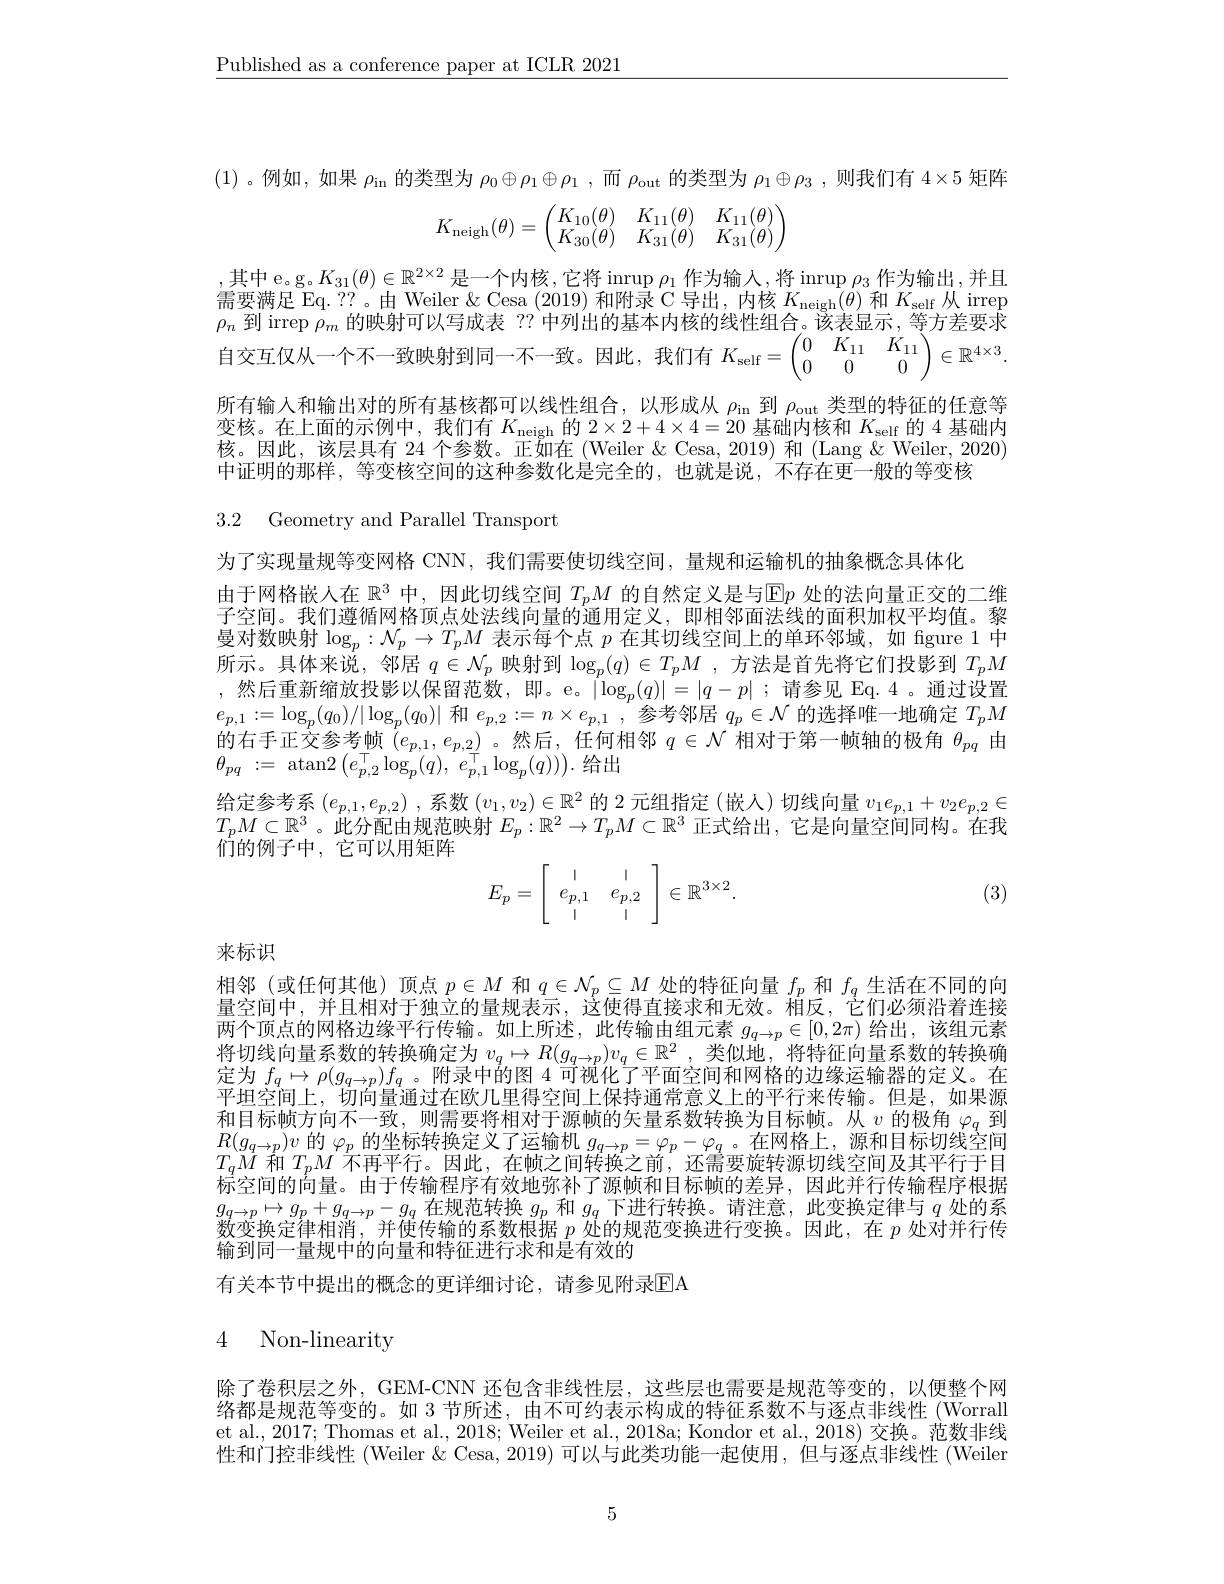
$\underline{\text{Published as a conference paper at ICLR 2021}}$

(1) 。例如，如果$\rho_\mathrm{in}$的类型为$\rho_0\oplus\rho_1\oplus\rho_1$,而$\rho_\mathrm{out}$的类型为$\rho_1\oplus\rho_3$,则我们有 4$\times5$矩阵
$$K_{\text{neigh}}(\theta)=\begin{pmatrix}K_{10}(\theta)&K_{11}(\theta)&K_{11}(\theta)\\K_{30}(\theta)&K_{31}(\theta)&K_{31}(\theta)\end{pmatrix}$$
,其中e。g$.K_31(\theta)\in\mathbb{R}^{2\times2}$ 是一个内核，它将$\operatorname*{inrup}\rho_1$作为输入，将$\operatorname*{inrup}\rho_3$作为输出，并且需要满足 Eq. ??。由 Weiler $\&$ Cesa (2019)和附录 C 导出，内核$K_\mathrm{neigh}(\theta)$和$K_\mathrm{self}$从 irrep 所有输入和输出对的所有基核都可以线性组合，以形成从$\rho_\mathrm{in}$到$\rho_\mathrm{out}$类型的特征的任意等变核。在上面的示例中，我们有$K_\mathrm{neigh}$的$2\times2+4\times4=20$基础内核和$K_\mathrm{self}$的 4 基础内核。因此，该层具有 24 个参数。正如在 (Weiler & Cesa, 2019) 和 (Lang & Weiler, 2020) 中证明的那样，等变核空间的这种参数化是完全的，也就是说，不存在更一般的等变核

3.2 Geometry and Parallel Transport

为了实现量规等变网格 CNN,我们需要使切线空间，量规和运输机的抽象概念具体化
由于网格嵌人在$\mathbb{R}^3$中，因此切线空间$T_pM$的自然定义是与$\mathbb{E}p$处的法向量正交的二维子空间。我们遵循网格顶点处法线向量的通用定义，即相邻面法线的面积加权平均值。黎曼对数映射$\log_p:\mathcal{N}_p\to T_pM$表示每个点$p$在其切线空间上的单环邻域，如 figure 1 中所示。具体来说，邻居$q\in\mathcal{N}_p$映射到$\log_p(q)\in T_pM$ ,方法是首先将它们投影到$T_pM$ ,然后重新缩放投影以保留范数，即。e。$|\log_p(q)|=|q-p|$;请参见 Eq.4。通过设置$e_{p,1}:=\log_p(q_0)/|\log_p(q_0)|$和$e_p,2:=n\times e_{p,1}$,参考邻居$q_p\in\mathcal{N}$的选择唯一地确定$T_pM$ 的右手正交参考帧$(e_{p,1},e_{p,2})$。然后，任何相邻$q\in\mathcal{N}$相对于第一帧轴的极角$\theta_{pq}$由$\theta_{pq}~:=~$atan2$\left(e_{p,2}^{\top}\log_{p}(q),~e_{p,1}^{\top}\log_{p}(q)\right)).$给出
给定参考系$(e_p,1,e_{p,2})$ ,系数$(v_1,v_2)\in\mathbb{R}^2$的 2 元组指定 (嵌人)切线向量$v_1e_{p,1}+v_2e_{p,2}\in$ $T_pM\subset\mathbb{R}^3$。此分配由规范映射$E_p:\mathbb{R}^2\to T_pM\subset\mathbb{R}^3$正式给出，它是向量空间同构。在我们的例子中，它可以用矩阵
(3)
$$E_p=\left[\begin{array}{cc}|&|\\e_{p,1}&e_{p,2}\\|&|\end{array}\right]\in\mathbb{R}^{3\times2}.$$
# 来标识

相邻(或任何其他)顶点$p\in M$和$q\in\mathcal{N}_p\subseteq M$处的特征向量$f_p$和$f_q$生活在不同的向量空间中，并且相对于独立的量规表示，这使得直接求和无效。相反，它们必须沿着连接两个顶点的网格边缘平行传输。如上所述，此传输由组元素$g_{q\to p}\in[0,2\pi)$给出，该组元素将切线向量系数的转换确定为$v_q\mapsto R(g_{q\to p})v_q\in\mathbb{R}^2$,类似地，将特征向量系数的转换确定为$f_q\mapsto\rho(g_{q\to p})f_q$。附录中的图 4可视化了平面空间和网格的边缘运输器的定义。在半田空间上、切向量通过在欧几里得空间上保持通常意义上的半行来传输。但是。如果源和目标帧方向不一致，则需要将相对于源帧的矢量系数转换为目标帧。从$v$的极角$\varphi_q$到$R(g_{q\rightarrow p})v$的$\varphi_p$的坐标转换定义了运输机$g_q\rightarrow p=\varphi_p-\varphi_q$。在网格上，源和目标切线空间$T_qM$和$T_pM$不再平行。因此，在帧之间转换之前，还需要旋转源切线空间及其平行于目标 空 间 的 向 量 。由 于 传 输 程 序 有 效 地 弥 补 了 源 帧 和 目 标 帧 的 差 异 , 因 此 并 行 传 输 程 序 根 据 $g_{q\rightarrow p}\mapsto g_p+ g_{q\rightarrow p}- g_q$ 在 规 范 转 换 $g_p$ 和 $g_q$ 下 进 行 转 换 。请 注 意 , 此 变 换 定 律 与 $q$ 处 的 系 新 亦 也 完 律 相 消数变换定律相消，并使传输的系数根据$p$处的规范变换进行变换。因此，在$p$处对并行传输到同一量规中的向量和特征进行求和是有效的
有关本节中提出的概念的更详细讨论，请参见附录$\mathbb{E}$A

## 4 Non-linearity

除了卷积层之外，GEM-CNN 还包含非线性层，这些层也需要是规范等变的，以便整个网络都是规范等变的。如 3 节所述，由不可约表示构成的特征系数不与逐点非线性 (Worrall et al., 2017; Thomas et al., 2018; Weiler et al., 2018a; Kondor et al., 2018) 交换。范数非线性和门控非线性 (Weiler & Cesa, 2019) 可以与此类功能一起使用，但与逐点非线性 (Weiler

5